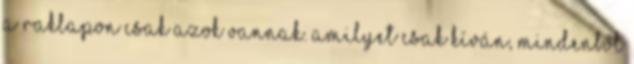
a raklapon csak azok vannak. Amilyet csak kíván, mindenből